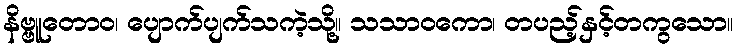
နိဗ္ဗူတောဝ၊ ပျောက်ပျက်သကဲ့သို့။ သသာဝကော၊ တပည့်နှင့်တကွသော။